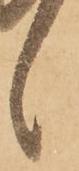
候